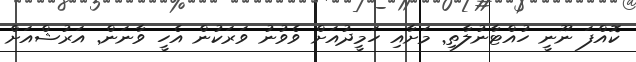
ކޮއްފަ ނޫނީ ހުއްޓާނުލާތި